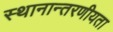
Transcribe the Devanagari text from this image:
स्थानान्तरणीयता